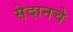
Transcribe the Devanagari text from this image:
सेदानचे